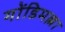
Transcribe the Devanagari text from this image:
गोंडिमल्ला